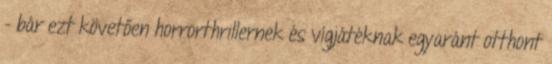
- bár ezt követően horrorthrillernek és vígjátéknak egyaránt otthont